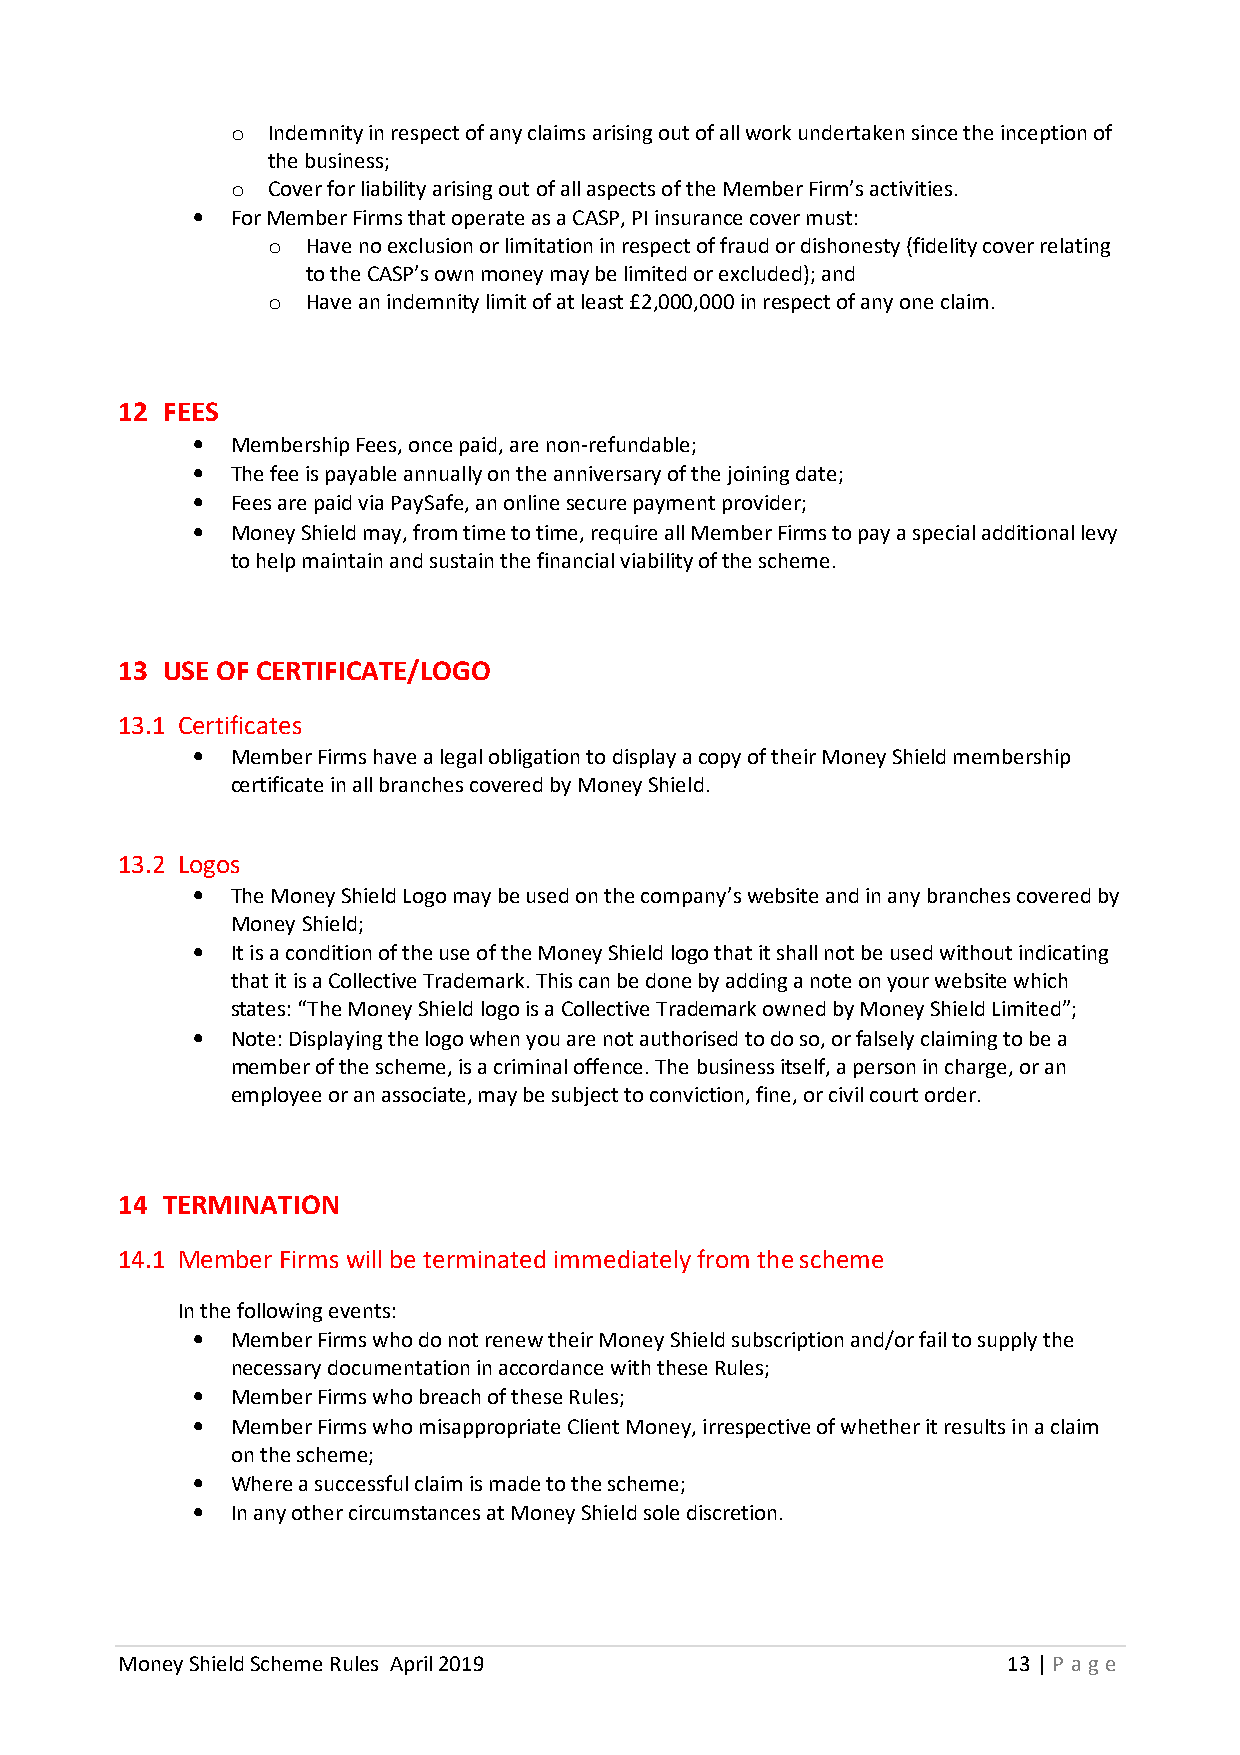
o  Indemnity in respect of any claims arising out of all work undertaken since the inception of
 the business;
 o  Cover for liability arising out of all aspects of the Member Firm’s activities.
 • For Member Firms that operate as a CASP, PI insurance cover must:
 o Have no exclusion or limitation in respect of fraud or dishonesty (fidelity cover relating
 to the CASP’s own money may be limited or excluded); and
 o Have an indemnity limit of at least £2,000,000 in respect of any one claim.
 12 FEES
 • Membership Fees, once paid, are non-refundable;
 • The fee is payable annually on the anniversary of the joining date;
 • Fees are paid via PaySafe, an online secure payment provider;
 • Money Shield may, from time to time, require all Member Firms to pay a special additional levy
 to help maintain and sustain the financial viability of the scheme.
 13 USE OF CERTIFICATE/LOGO
 13.1 Certificates
 • Member Firms have a legal obligation to display a copy of their Money Shield membership
 certificate in all branches covered by Money Shield.
 13.2 Logos
 • The Money Shield Logo may be used on the company’s website and in any branches covered by
 Money Shield;
 • It is a condition of the use of the Money Shield logo that it shall not be used without indicating
 that it is a Collective Trademark. This can be done by adding a note on your website which
 states: “The Money Shield logo is a Collective Trademark owned by Money Shield Limited”;
 • Note: Displaying the logo when you are not authorised to do so, or falsely claiming to be a
 member of the scheme, is a criminal offence. The business itself, a person in charge, or an
 employee or an associate, may be subject to conviction, fine, or civil court order.
 14 TERMINATION
 14.1 Member Firms will be terminated immediately from the scheme
 In the following events:
 • Member Firms who do not renew their Money Shield subscription and/or fail to supply the
 necessary documentation in accordance with these Rules;
 • Member Firms who breach of these Rules;
 • Member Firms who misappropriate Client Money, irrespective of whether it results in a claim
 on the scheme;
 • Where a successful claim is made to the scheme;
 • In any other circumstances at Money Shield sole discretion.
 Money Shield Scheme Rules April 2019                       13 | P age